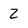
Character: 2